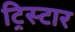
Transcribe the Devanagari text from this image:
ट्रिस्‍टार